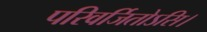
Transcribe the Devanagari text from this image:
परिवर्जितोऽसि।